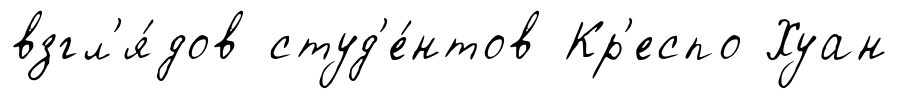
взгл'я́дов студ'е́нтов Кр'еспо Хуан